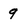
Character: 9